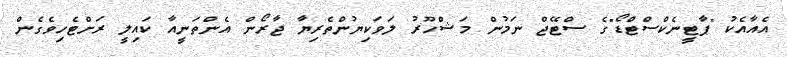
އެއާއެކު "ޕާޓީނެކްސްޓްޑޯ"ގެ ސްޓޭޖް ނަމުން މަޝްހޫރު ލަވަކިޔުންތެރިޔާ ޖާރޯން އެންތަނީއާ ކައިލީ ރަށްޓެހިވެގެން